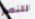
للنصر